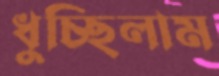
ধুচ্ছিলাম